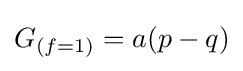
{\textstyle G_{(f=1)}=a(p-q)}